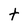
Character: t